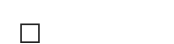
٩